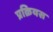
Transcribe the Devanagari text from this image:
प्रक्रियस